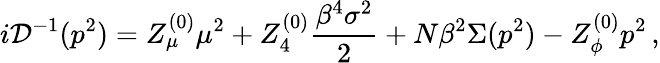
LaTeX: i{\cal D}^{-1}(p^{2})=Z_{\mu}^{(0)}\mu^{2}+Z_{4}^{(0)}\frac{\beta^{4}\sigma^{2}}{2}+N\beta^{2}\Sigma(p^{2})-Z_{\phi}^{(0)}p^{2}\, ,